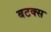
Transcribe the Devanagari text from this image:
बटक्स